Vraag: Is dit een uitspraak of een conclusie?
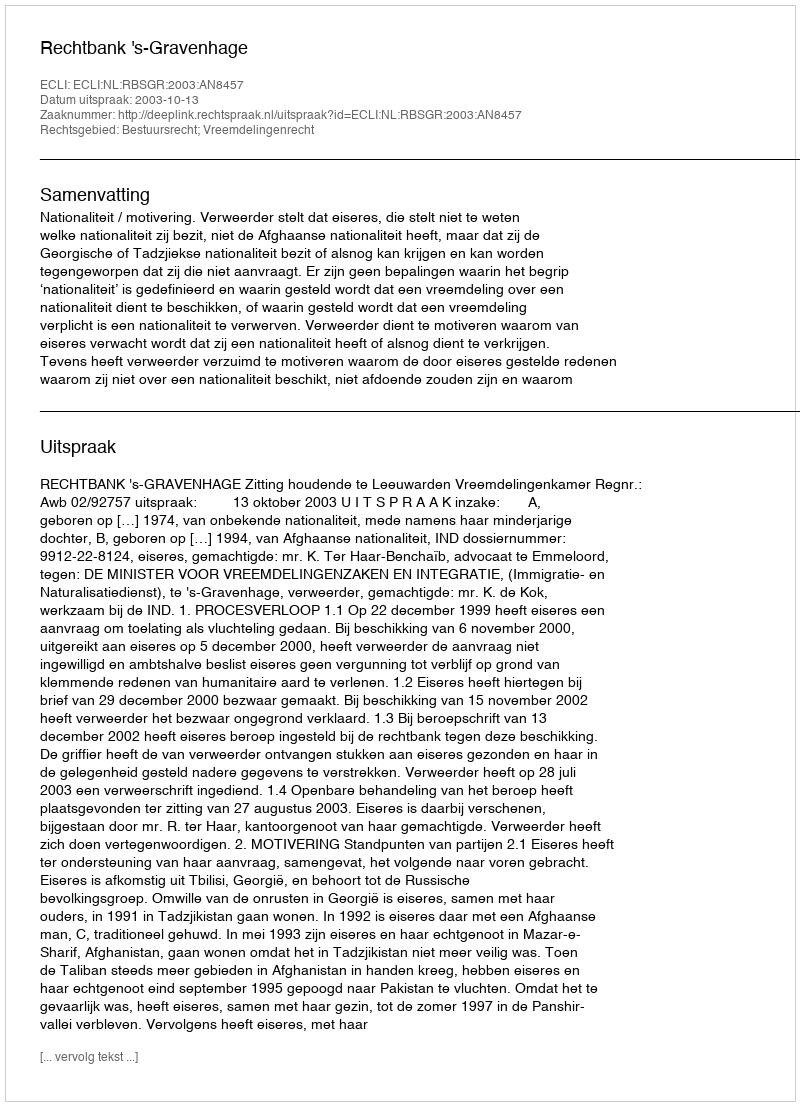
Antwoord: Uitspraak